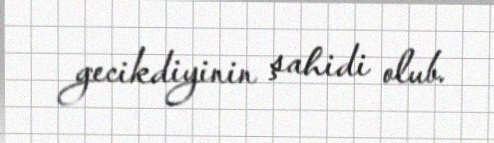
gecikdiyinin şahidi olub.